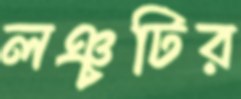
লঞ্চটির